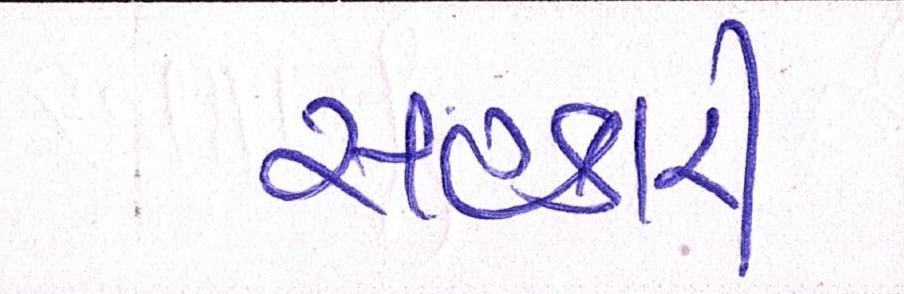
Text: સહકારી